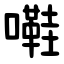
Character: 嚡